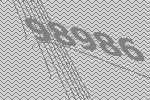
98986